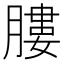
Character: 膢